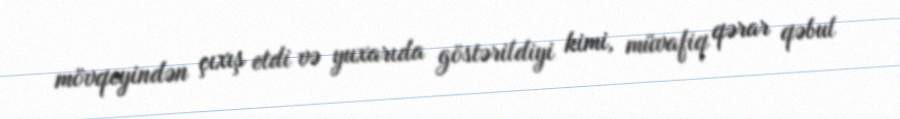
mövqeyindən çıxış etdi və yuxarıda göstərildiyi kimi, müvafiq qərar qəbul